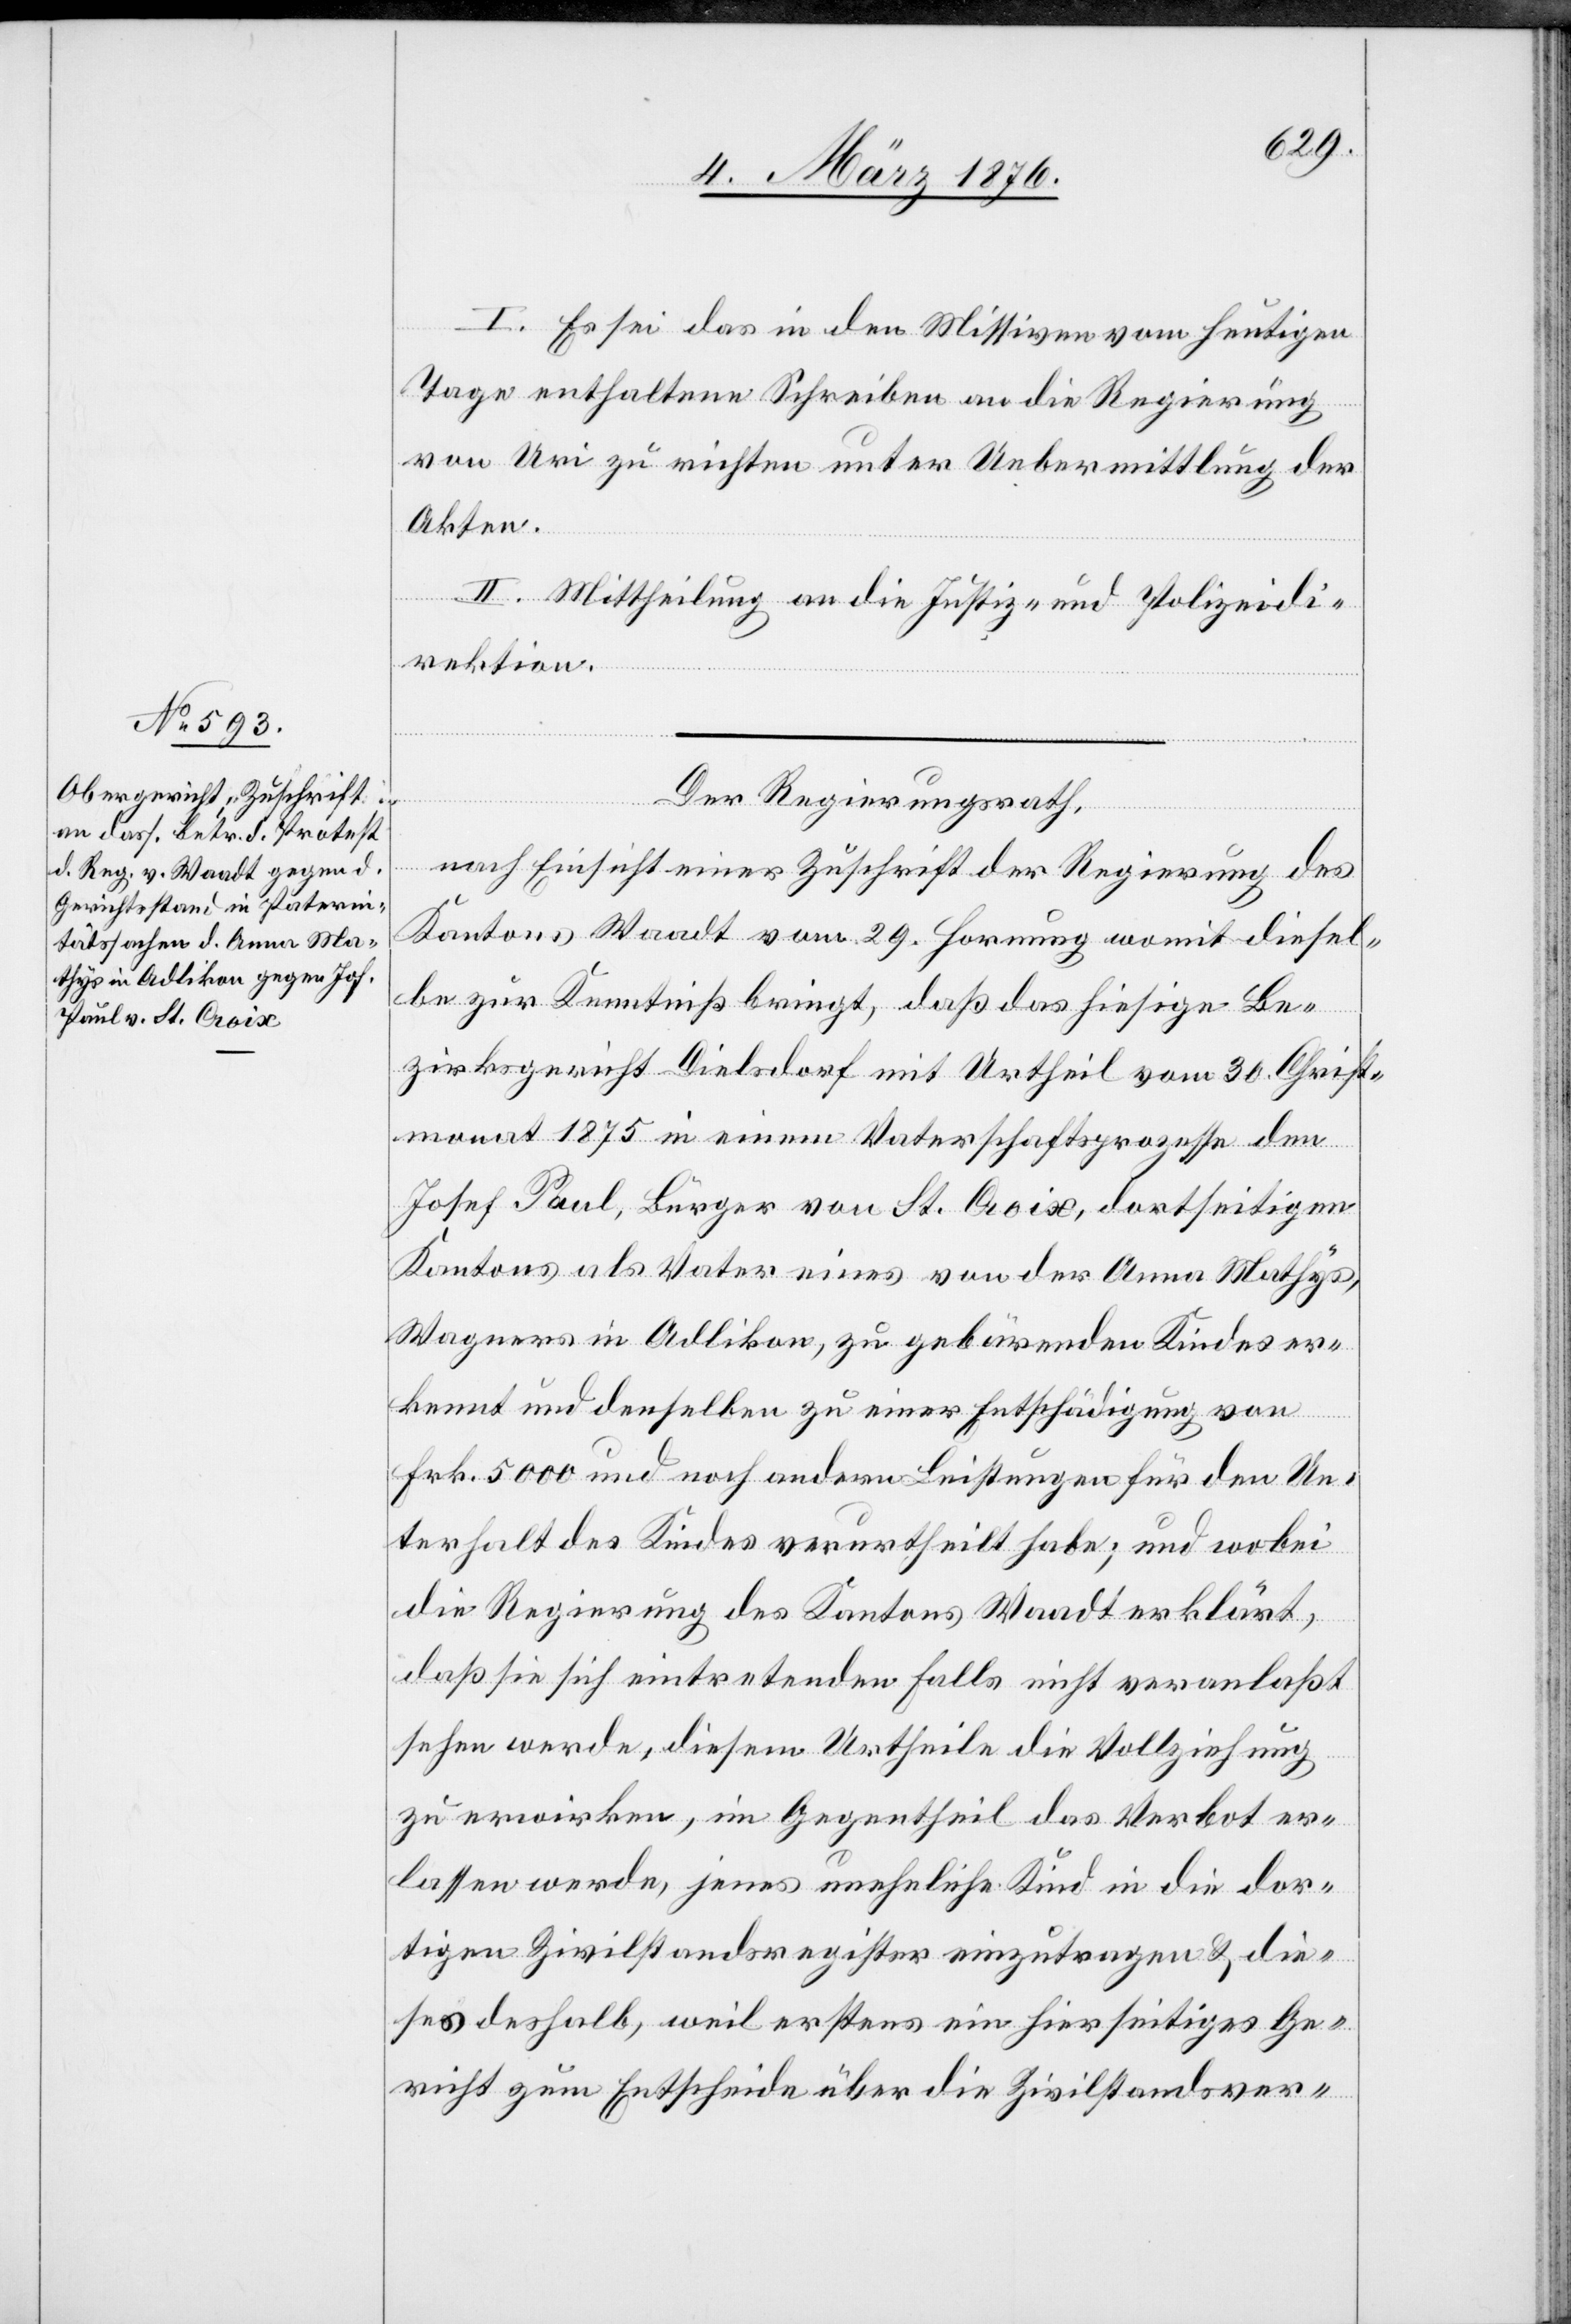
I. Es sei das in den Missiven vom heutigen
Tage enthaltene Schreiben an die Regierung
von Uri zu richten unter Uebermittlung der
Akten.
II. Mittheilung an die Justiz- und Polizeidi¬
rektion.
Der Regierungsrath,
nach Einsicht einer Zuschrift der Regierung des
Kantons Waadt vom 29. Hornung womit diesel¬
be zur Kenntniß bringt, daß das hiesige Be¬
zirksgericht Dielsdorf mit Urtheil vom 30. Christ¬
monat 1875 in einem Vaterschaftsprozesse den
Josef Paul, Bürger von St. Croix, dortseitigen
Kantons als Vater eines von der Anna Mathys,
Wagners in Adlikon, zu gebärenden Kindes er¬
kennt und denselben zu einer Entschädigung von
Frk. 5000 und noch andern Leistungen für den Un¬
terhalt des Kindes verurtheilt habe; und wobei
die Regierung des Kantons Waadt erklärt,
daß sie sich eintretenden Falls nicht veranlaßt
sehen werde, diesem Urtheile die Vollziehung
zu erwirken, im Gegentheil das Verbot er¬
lassen werde, jenes uneheliche Kind in die dor¬
tige Zivilstandsregister einzutragen & die¬
ses deshalb, weil erstens ein hierseitiges Ge¬
richt zum Entscheide über die Zivilstandsver-